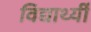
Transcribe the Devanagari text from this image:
विद्यार्थ्यी